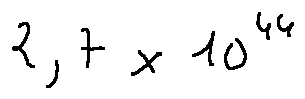
2 , 7 \times 1 0 ^ { 4 4 }